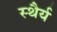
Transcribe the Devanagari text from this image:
स्‍थैर्य